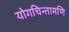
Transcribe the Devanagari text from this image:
योगचिन्तामणि